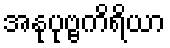
အနုပုဗ္ဗကိရိယာ